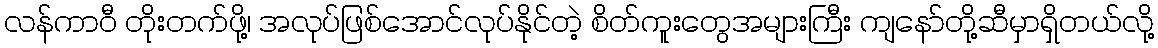
လန်ကာဝီ တိုးတက်ဖို့၊ အလုပ်ဖြစ်အောင်လုပ်နိုင်တဲ့ စိတ်ကူးတွေအများကြီး ကျနော်တို့ဆီမှာရှိတယ်လို့